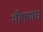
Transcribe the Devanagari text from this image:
भीषणच